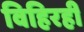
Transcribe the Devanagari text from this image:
विहिरही